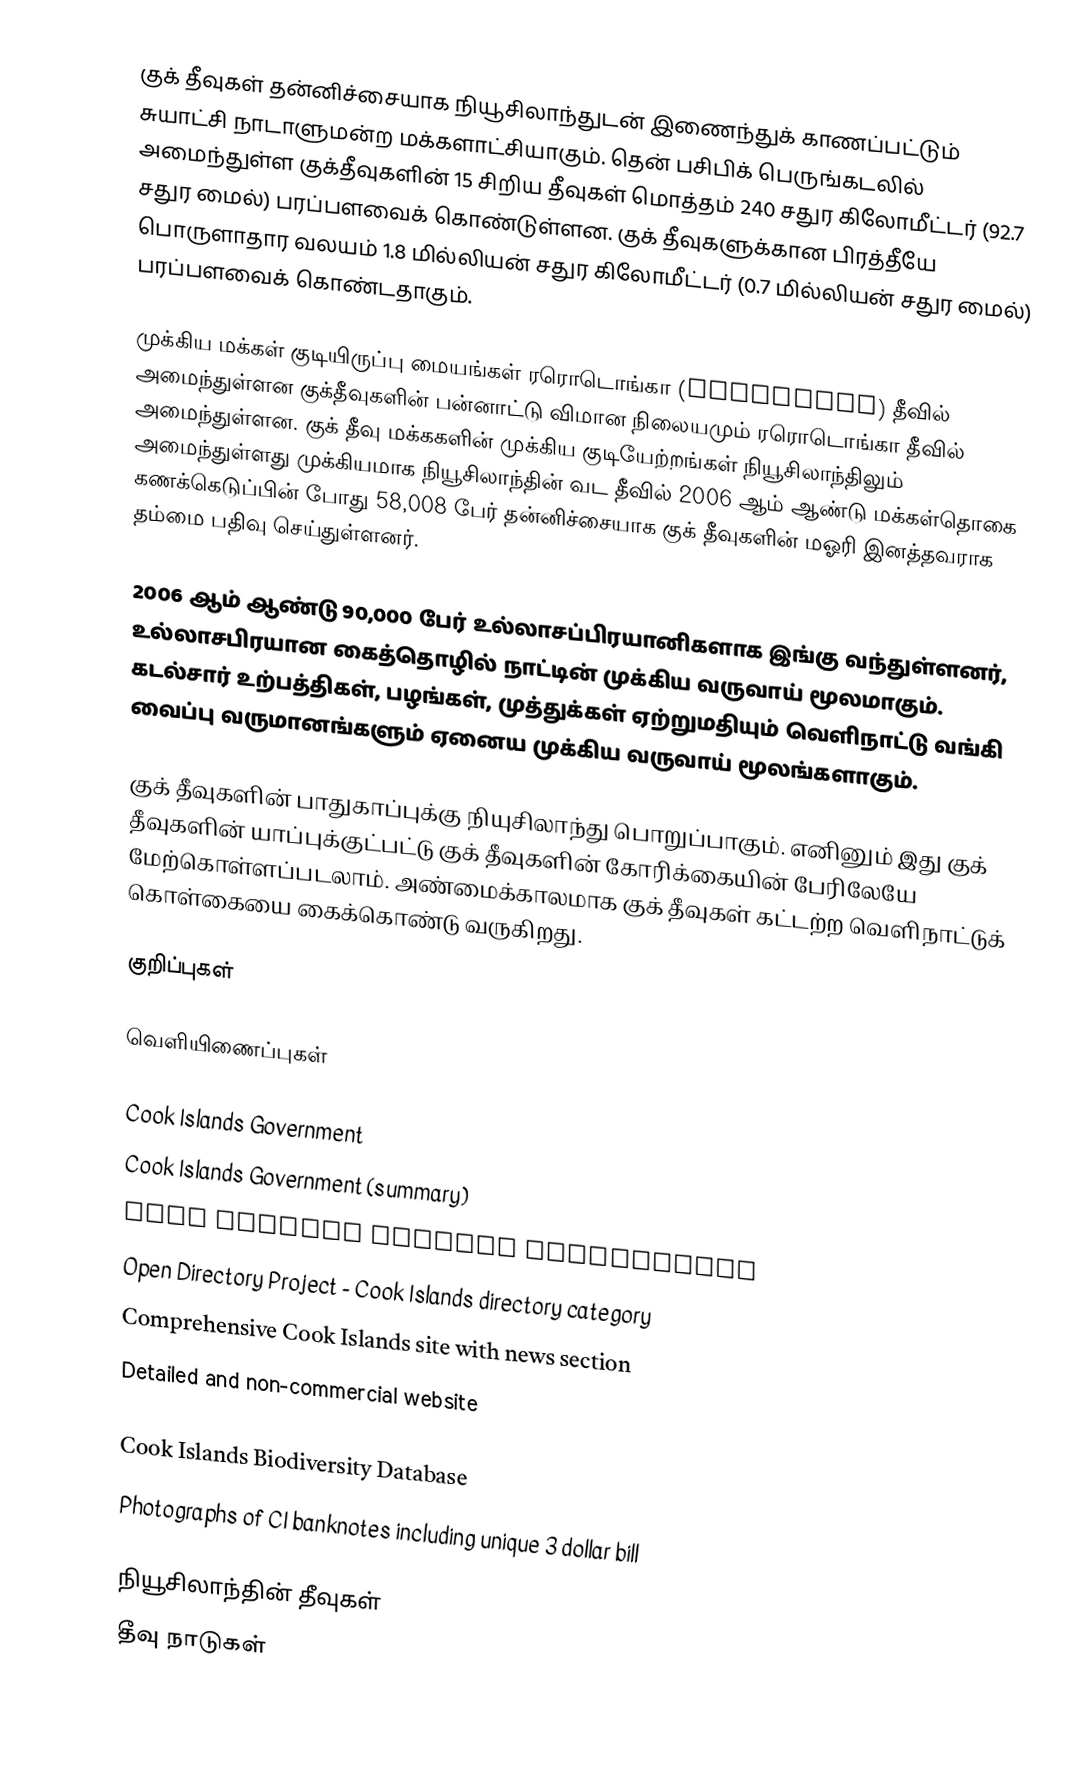
குக் தீவுகள் தன்னிச்சையாக நியூசிலாந்துடன் இணைந்துக் காணப்பட்டும் சுயாட்சி நாடாளுமன்ற மக்களாட்சியாகும். தென் பசிபிக் பெருங்கடலில் அமைந்துள்ள குக்தீவுகளின் 15 சிறிய தீவுகள் மொத்தம் 240 சதுர கிலோமீட்டர் (92.7 சதுர மைல்) பரப்பளவைக் கொண்டுள்ளன. குக் தீவுகளுக்கான பிரத்தீயே பொருளாதார வலயம் 1.8 மில்லியன் சதுர கிலோமீட்டர் (0.7 மில்லியன் சதுர மைல்) பரப்பளவைக் கொண்டதாகும்.

முக்கிய மக்கள் குடியிருப்பு மையங்கள் ரரொடொங்கா (Rarotonga) தீவில் அமைந்துள்ளன குக்தீவுகளின் பன்னாட்டு விமான நிலையமும் ரரொடொங்கா தீவில் அமைந்துள்ளன. குக் தீவு மக்ககளின் முக்கிய குடியேற்றங்கள் நியூசிலாந்திலும் அமைந்துள்ளது முக்கியமாக நியூசிலாந்தின் வட தீவில் 2006 ஆம் ஆண்டு மக்கள்தொகை கணக்கெடுப்பின் போது 58,008 பேர் தன்னிச்சையாக குக் தீவுகளின் மஓரி இனத்தவராக தம்மை பதிவு செய்துள்ளனர்.

2006 ஆம் ஆண்டு 90,000 பேர் உல்லாசப்பிரயானிகளாக இங்கு வந்துள்ளனர், உல்லாசபிரயான கைத்தொழில் நாட்டின் முக்கிய வருவாய் மூலமாகும். கடல்சார் உற்பத்திகள், பழங்கள், முத்துக்கள் ஏற்றுமதியும் வெளிநாட்டு வங்கி வைப்பு வருமானங்களும் ஏனைய முக்கிய வருவாய் மூலங்களாகும்.

குக் தீவுகளின் பாதுகாப்புக்கு நியுசிலாந்து பொறுப்பாகும். எனினும் இது குக் தீவுகளின் யாப்புக்குட்பட்டு குக் தீவுகளின் கோரிக்கையின் பேரிலேயே மேற்கொள்ளப்படலாம். அண்மைக்காலமாக குக் தீவுகள் கட்டற்ற வெளிநாட்டுக் கொள்கையை கைக்கொண்டு வருகிறது.

குறிப்புகள்

வெளியிணைப்புகள்

 Cook Islands Government
 Cook Islands Government (summary)
 Cook Islands Tourism Corporation
 Open Directory Project - Cook Islands directory category
 Comprehensive Cook Islands site with news section
 Detailed and non-commercial website
 Cook Islands National Environment Service
 Cook Islands Biodiversity Database
 Photographs of CI banknotes including unique 3 dollar bill

நியூசிலாந்தின் தீவுகள்
தீவு நாடுகள்